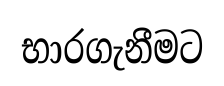
භාරගැනීමට